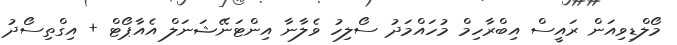
މޯލްޑިވިއަން ރައީސް އިބްރާހިމް މުހައްމަދު ސޯލިހު ވެލާނާ އިންޓަނޭޝަނަލް އެއާޕޯޓް + އިގްތިސޯދު